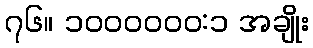
၇၆။ ၁၀၀၀၀၀၀:၁ အချိုး